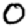
Digit: 0